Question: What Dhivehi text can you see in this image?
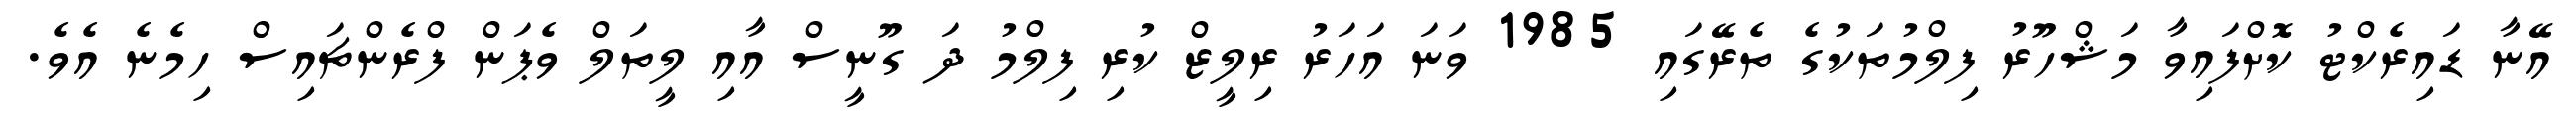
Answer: އޭނާ ޑައިރެކްޓު ކޮށްފައިވާ މަޝްހޫރު ފިލްމުތަކުގެ ތެރޭގައި 1985 ވަނަ އަހަރު ރިލީޒް ކުރި ފިލްމު ދަ ގޫނީސް އާއި ލީތަލް ވެޕަން ފްރެންޗައިސް ހިމެނެ އެވެ.